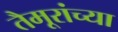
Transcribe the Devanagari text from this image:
तैमूरांच्या